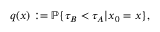
q ( x ) : = \mathbb { P } \{ \tau _ { B } < \tau _ { A } | x _ { 0 } = x \} ,